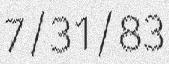
7/31/83